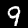
Digit: 9